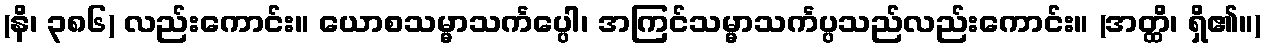
(နိ၊ ၃၈၆) လည်းကောင်း။ ယောစသမ္မာသင်္ကပ္ပေါ၊ အကြင်သမ္မာသင်္ကပ္ပသည်လည်းကောင်း။ (အတ္ထိ၊ ရှိ၏။)